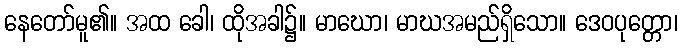
နေတော်မူ၏။ အထ ခေါ၊ ထိုအခါ၌။ မာဃော၊ မာဃအမည်ရှိသော။ ဒေဝပုတ္တော၊